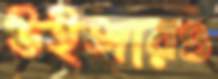
উইঙ্গারও